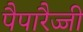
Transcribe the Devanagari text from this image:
पैपारैज्जी